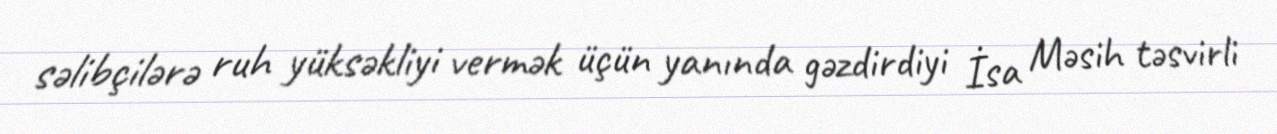
səlibçilərə ruh yüksəkliyi vermək üçün yanında gəzdirdiyi İsa Məsih təsvirli